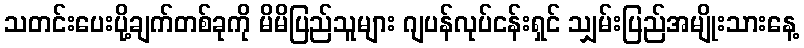
သတင်းပေးပို့ချက်တစ်ခုကို မိမိပြည်သူများ ဂျပန်လုပ်ငန်းရှင် သျှမ်းပြည်အမျိုးသားနေ့